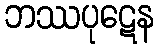
ဘဿပုဋေန